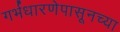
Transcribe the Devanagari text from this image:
गर्भधारणेपासूनच्या